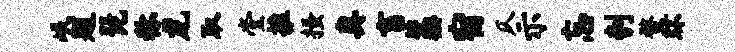
岷题琵称龙取堂推搔奥畜藁宿仄示忘刳蝥环